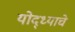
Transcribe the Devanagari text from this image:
योद्ध्याचे